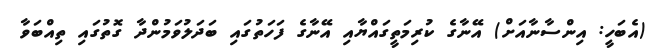
(އެބަހީ: އިންސާނާއަށް) އޭނާގެ ކުރިމަތީގައްޔާއި އޭނާގެ ފަހަތުގައި ބަދަލުވަމުންދާ ގޮތުގައި ތިއްބަވާ